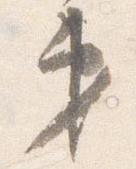
第